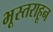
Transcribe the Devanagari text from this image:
भूस्तराहून